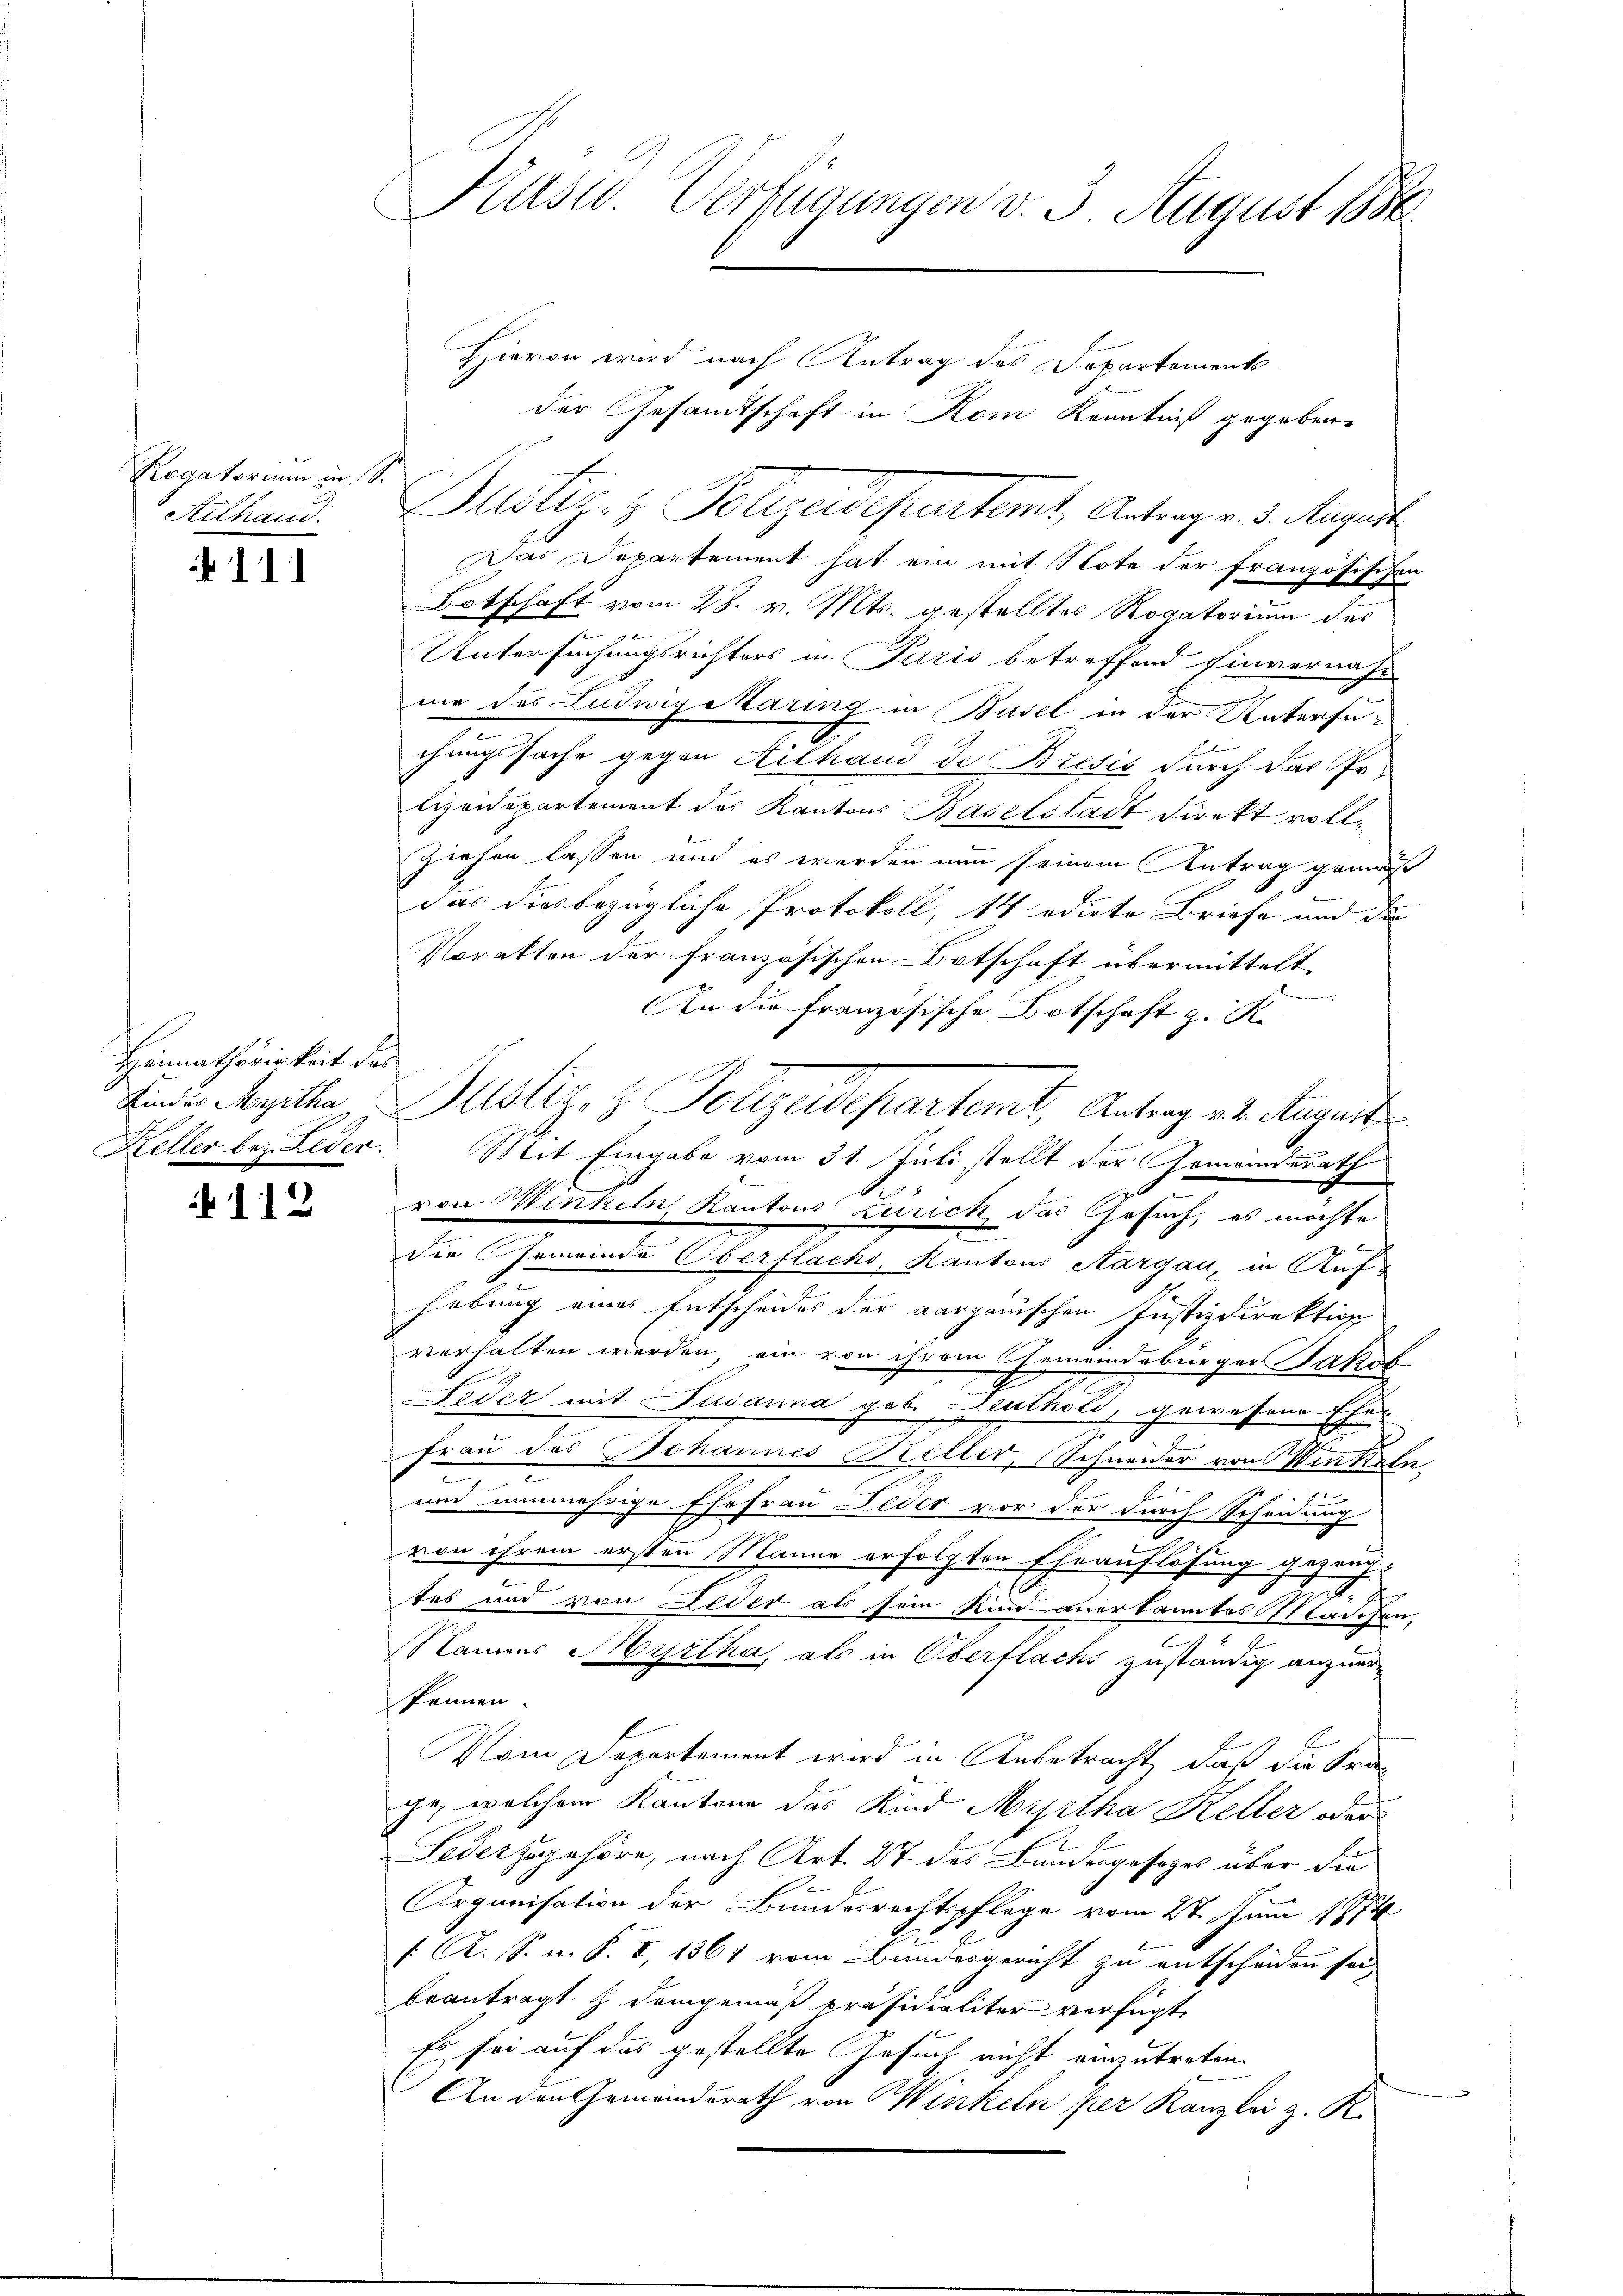
Rogatorium in S.
Ailhaus.

11

Heimathörigkeit des

112

Präsid. Verfügungen v. 3. August 1884

Hievon wird nach Antrag des Departements
der Gesandtschaft in Hom Kenntniß gegeben.
Das Departement hat ein mit Note der französischen
Botschaft vom 28. v. Mts. gestelltes Rogatorium des
Untersuchungsrichters in Puris betreffend Einvernahmie des Luduigiaring in Basel in der Untersuchungssache gegen Kilhand de Brević durch das Polizeidepartement des Kantons Baselstadt direkt vollziehen lassen und es werden nun seinem Antrag gemäß
das dies bezügliche Protokoll, 14 edirte Briefe und die
Vorakten der französischen Botschaft übermittelt.
e
An die französische Botschaft z. K.
Kinder Seitha Justiz- & Polizeidepartemt. Antrag v. 2. August
Keller bez. Leder. Mit Eingabe vom 31. Juli stellt der Gemeinderath
x
von Winkeln, Kantons Zürich, das Gesuch, es möchte
die Gemeinde Oberflachs, Kantons Aargau, in Aufhebung eines Entscheides der aargauischen Justizdirektion
verhalten werden, ein von ihrem Gemeindsbürger Jakob
Feder mit Susanna geb. Zeuthold, gewesene Ehen
t
Frau des Johannes Biller, Schneider von Winkeln,
.
f
d
und nunmehrige Ehefrau Leder vor der durch Scheidung
von ihrem ersten Manne erfolgten Ehrauflösung gezeug-
g
tes und von Leder als sein Kind anerkanntes Mädchen,
Nanes Ayrtha, als in Oberflachs zuständig anzuer-
können.
Vom Departement wird in Anbetracht, daß die Frage, welchem Kantone das Kind Myrtha Keller oder
Federzugehöre, nach Art. 27 des Bundesgesezes über die
Arganisation der Bundesrechtspflege vom 27. Juni 1874
[: A. S. n. F. V, 1367 vom Bundesgericht zu entscheiden sei,
beantragt  Demgemäß Präsidialiter verfügt:
Es sei auf das gestellte Gesuch nicht einzutreten.
An den Gemeinderath von Winkeln per Kanzlei z. R.

Justiz- & Polizeidepartemt, Antrag v. 3. Magist